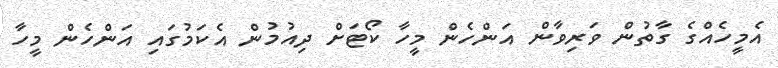
އެމީހެއްގެ ގާތުން ވަރިވާން އަންހެން މީހާ ކޯޓަށް ދިއުމުން އެކަމުގައި އަންހެން މީހާ